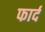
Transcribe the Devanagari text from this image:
फार्द